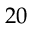
2 0